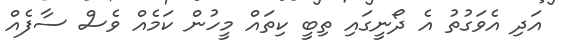
އަދި އެވަގުތު އެ ދޯނީގައި ތިބީ ކިތައް މީހުން ކަމެއް ވެސް ސާފެއް